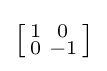
\left[{\begin{smallmatrix}1&0\\0&-1\\\end{smallmatrix}}\right]